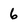
Character: 6